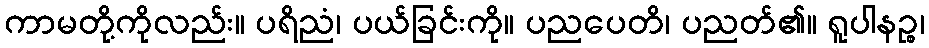
ကာမတို့ကိုလည်း။ ပရိညံ၊ ပယ်ခြင်းကို။ ပညပေတိ၊ ပညတ်၏။ ရူပါနဉ္စ၊